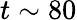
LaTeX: t\sim 80